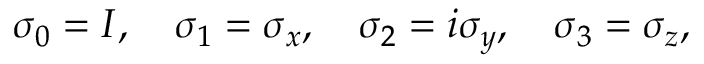
\sigma _ { 0 } = I , \quad \sigma _ { 1 } = \sigma _ { x } , \quad \sigma _ { 2 } = i \sigma _ { y } , \quad \sigma _ { 3 } = \sigma _ { z } ,